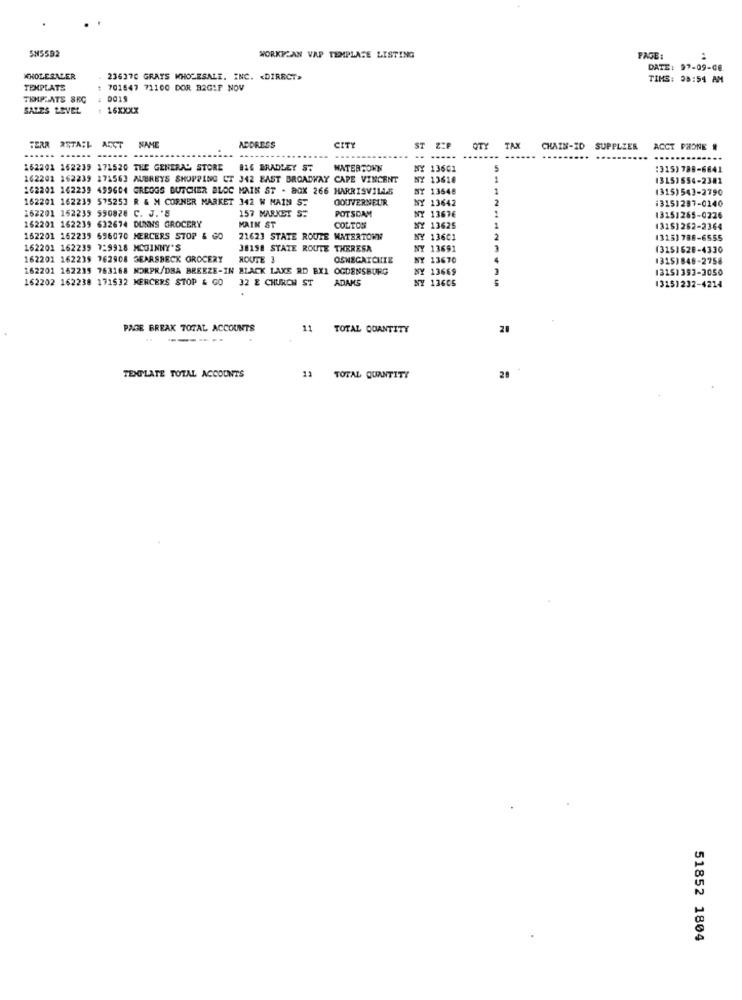
SH5592
WORKYZAN VAP TEMPLATE LISTING
PAGE:
..
DATE: 99-09-08
WHOLESALER
236370 GRAYS WHOLESALE. INC. «DIRECT>
TIMS: 38:54 AM
TEXPLATS
701647 71100 DOR B2GIP NOV
TEMPLATE SRC
SALES LEVEL
16XXXX
TERR ASTA;L ACCT NAME
NAME
ADDRESS
CITY
ST
OTY
TAX
CHAIN-ID
SUPPLIER
ACCT PRONE #
162201 162239 171520 THE GENERAL STORE
824 BRADLEY ST
WATERTOWN
NY 13601
:315) 788-6841
162201 162239 271563 AUBREYS SHOPPING CT 342 BAST BROADWAY CAPE VINCENT
NY 13618
1
13151654-2381
162201 162239 499604 GREGGS BUTCHER BLOC MAIN ST - BOX 266 HARRISVILLE
NY 13648
1
(315) 543-2790
162201 162239 575253 R & M CORNER MARKET 342 W MAIN ST
GOUVERNEUR
NY 13642
(3151297-0140
162201 152239 590828 C. J.'S
157 MARKET S:
POTSDAM
162201 162239 632674 DUNNS GROCERY
MAIN ST
NY 13676
13151265-0226
COLTON
NY 13625
(315)262-2364
162201 162235 696070 MERCERS STOP & GO
21623 STATE ROUTE WATERTOWN
NY 13601
(315) 786-6555
162201 162239 7:9918 MCGINNY'S
38158 STATE ROUTE THERESA
NY 13691
(3151628-4330
162201 162239 762908 3EARSBECK GROCERY
ROUTE 3
OSNEGATCHIE
NY 13670
1315)848-2758
162201 162235 763168 NORPR/DBA BREEZE-IN BLACK LAKE RD BX1 OGDENSBURG
NY 13669
13151393-3050
162202 162238 171532 MERCERS STOP & GO
32 E CHURCH ST
ADAMS
NY 13605
13151232-4214
PAGE BREAK TOTAL ACCOUNTS
11
TOTAL QUANTITY
20
-------
TEXPLATE TOTAL ACCOUNTS
13 TOTAL QUANTITY
20
51852 1804